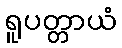
ရူပတ္တာယံ